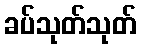
ခပ်သုတ်သုတ်